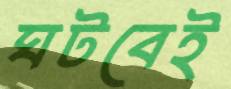
ঘটবেই